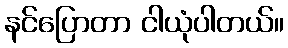
နင်ပြောတာ ငါယုံပါတယ်။